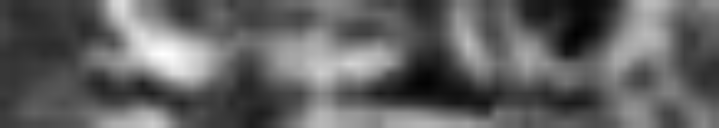
de ipso Willelmo